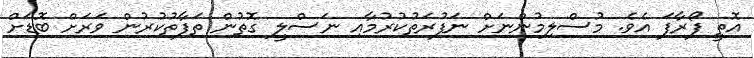
އޮތީ ފޯރާފަ އެވެ. މުސްލިމުންނަށް ނަފުރަތުކުރުމާއި ނަސްލީ ގޮތުން ތަފާތުކުރުން ވަރަށް ބޮޑަށް